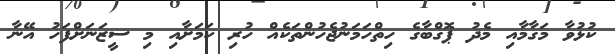
ކުޅުވާ މަގާމާއި މެދު ޕޮގްބާގެ ހިތްހަމަނުޖެހުންތަކެއް ހުރި ކަމަށާއި މި ސީޒަނަށްފަހު އޭނާ